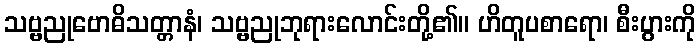
သဗ္ဗညုဗောဓိသတ္တာနံ၊ သဗ္ဗညုဘုရားလောင်းတို့၏။ ဟိတူပစာရော၊ စီးပွားကို